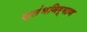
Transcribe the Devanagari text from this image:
स्तंभनिर्माण